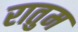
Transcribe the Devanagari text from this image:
रातुम